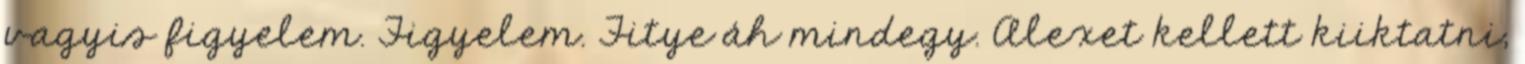
vagyis figyelem. Figyelem. Fitye áh mindegy. Alexet kellett kiiktatni,